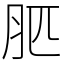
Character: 䏘